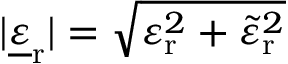
| { \underline { { \varepsilon } } } _ { \mathrm { r } } | = { \sqrt { \varepsilon _ { \mathrm { r } } ^ { 2 } + { \tilde { \varepsilon } } _ { \mathrm { r } } ^ { 2 } } }